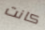
كانت